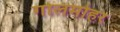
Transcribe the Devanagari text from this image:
गोलमोहर